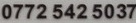
0772 542 5037